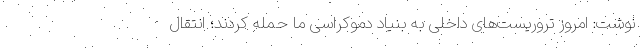
نوشت: امروز تروریست‌های داخلی به بنیاد دموکراسی ما حمله کردند؛ انتقال